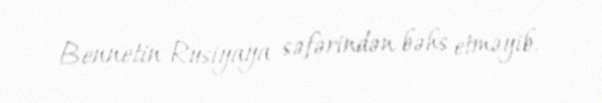
Bennetin Rusiyaya səfərindən bəhs etməyib.